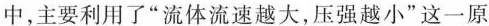
中，主要利用了”流体流速越大，压强越小”这一原